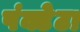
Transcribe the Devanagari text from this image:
पंक्टेटा